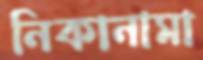
নিকানামা